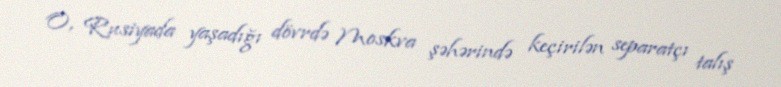
O, Rusiyada yaşadığı dövrdə Moskva şəhərində keçirilən separatçı talış